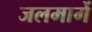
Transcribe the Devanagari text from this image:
जलमार्गे